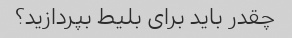
چقدر باید برای بلیط بپردازید؟